Report of the Hyderabad Chloroform Commission
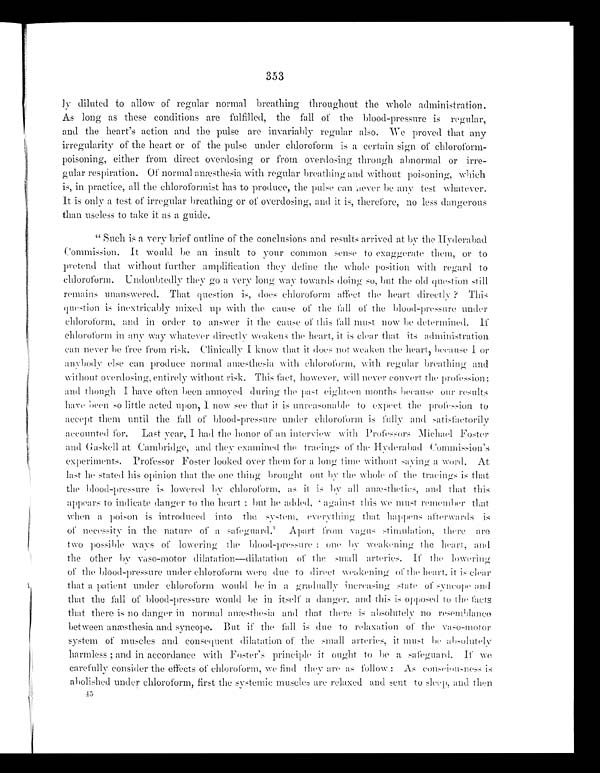
353
ly diluted to allow of regular normal breathing throughout the whole administration.
As long as these conditions are fulfilled, the fall of the blood-pressure is regular,
and the heart's action and the pulse are invariably regular also. We proved that any
irregularity of the heart or of the pulse under chloroform is a certain sign of chloroform-
poisoning, either from direct overdosing or from overdosing through abnormal or irre-
gular respiration. Of normal anæsthesia with regular breathing and without poisoning, which
is, in practice, all the chloroformist has to produce, the pulse can never be any test whatever.
It is only a test of irregular breathing or of overdosing, and it is, therefore, no less dangerous
than useless to take it as a guide.
" Such is a very brief outline of the conclusions and results arrived at by the Hyderabad
Commission. It would be an insult to your common sense to exaggerate them, or to
pretend that without further amplification they define the whole position with regard to
chloroform. Undoubtedly they go a very long way towards doing so, but the old question still
remains unanswered. That question is, does chloroform affect the heart directly ? This
question is inextricably mixed up with the cause of the fall of the blood-pressure under
chloroform, and in order to answer it the cause of this fall must now be determined. If
chloroform in any way whatever directly weakens the heart, it is clear that its administration
can never be free from risk. Clinically I K n o w t h a t i t d o e s n o t w e a k e n t h eh
e a r t , b e c a u s e I o r
anybody else can produce normal amæsthesia with chloroform, with regular breathing and
without overdosing, entirely without risk. This fact, however, will never convert the profession;
and though I have often been annoyed during the past eighteen months because our results
have been so little acted upon, I now see that it is unreasonable to expect the profession to
accept them until the fall of blood-pressure under chloroform is fully and satisfactorily
accounted for. Last year, I had the honor of an interview with Professors Michael Foster
a n d G a s k e l l a t C a m b r i d g e , a n d t h e y e x a m i n e d t h e t r a c i n g s o f t h e H y d e r a b a d C o m m i s s i o n ' s e x p r i m e n t s . P r o f e s s o r F o s t e r l o o k e d o v e r t h e m f o r a l o n g t i m e w i t h o u t s a v i n g a w o r d . A t
last he stated his opinion that the one thing brought out by the whole of the tracings is that
the blood-pressure is lowered by chloroform, it is by all anæsthetics, and that this
appears to indicate danger to the heart ; but be added, 'against this we must remember that
when a poison is introduced into the system, everything that happens afterwards is
of necessit y in the nature of a safeguard.' Apart from vagus stimulation, there are
two possible ways of lowering the blood-pressure : one by weakening the heart, and
the other by vaso-motor dilatation—dilatation of the small arteries. If the lowering
of the blood-pressure under chloroform were due to direct weakening of the heart, it is clear
that a patient under chloroform would be in a gradually increasing state of syncope and
that the fall of blood-pressure would be in itself a danger, and this is opposed to the facts
that there is no danger in normal anæsthesia and that there is absolutely no resemblance
between anæsthesia and syncope. But if the fall is due to relaxation of the vaso-motor
system of muscles and consequent dilatation of the small arteries, it must be absolutely
harmless ; and in accordance with Foster's principle it ought to be a safeguard. If we
carefully consider the effects of chloroform, we find they are as follow : As consciousness is
abolished under chloroform, first the systemic muscles are relaxed and sent to sleep, and then
.45